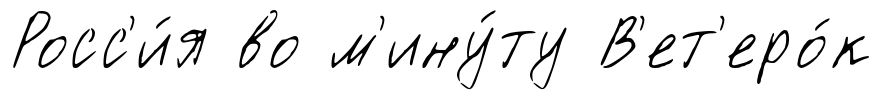
Росс'и́я во м'ину́ту В'ет'еро́к